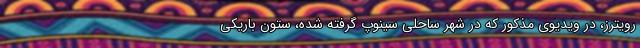
رویترز، در ویدیوی مذکور که در شهر ساحلی سینوپ گرفته شده، ستون باریکی